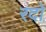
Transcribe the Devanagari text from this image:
रदो